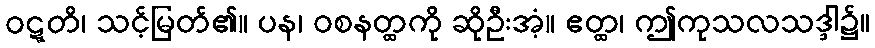
ဝဋ္ဋတိ၊ သင့်မြတ်၏။ ပန၊ ဝစနတ္ထကို ဆိုဦးအံ့။ ဧတ္ထ၊ ဤကုသလသဒ္ဒါ၌။